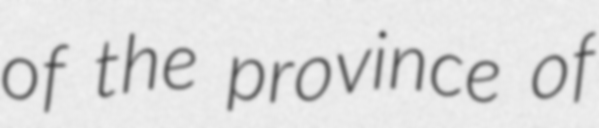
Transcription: of the province of